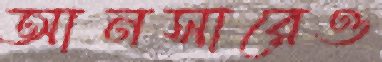
আনসারেও